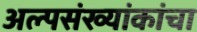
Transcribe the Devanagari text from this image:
अल्पसंख्यांकांचा